Calcutta medical institutions reports 1892-1900
Year: 1892
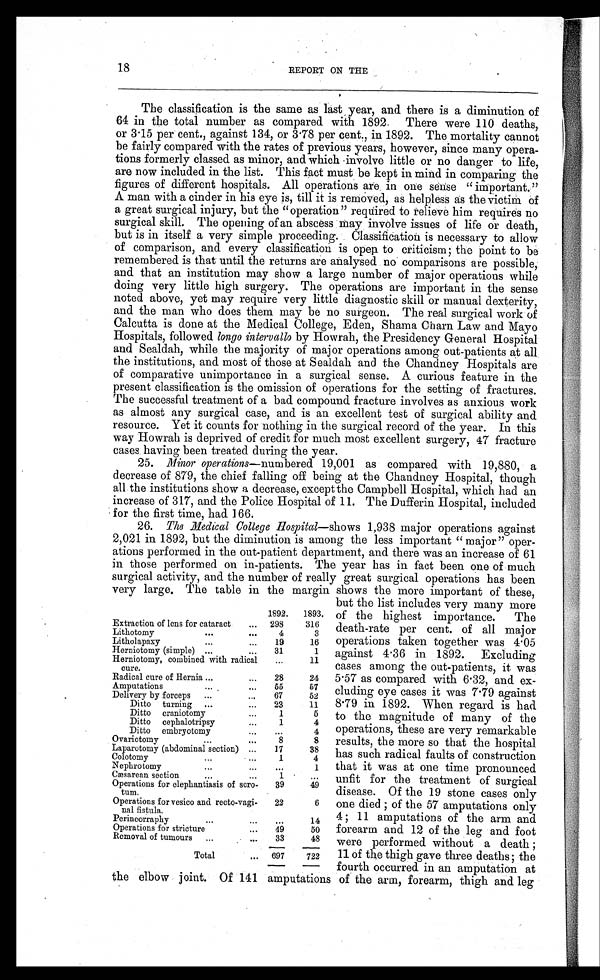
18
REPORT ON THE
The classification is the same as last, year, and there is a diminution of
64 in the total number as compared with 1892. There were 110 deaths,
or 3 . 15 per cent., against 134, or 3 . 78 per cent., in 1892. The mortality cannot
be fairly compared with the rates of previous years, however, since many opera-
tions formerly classed as minor, and which involve little or no danger to life,
are now included in the list. This fact must be kept in mind in comparing the
figures of different hospitals. All operations are in one sense " important."
A man with a cinder in his eye is, till it is removed, as helpless as the victim of
a great surgical injury, but the "operation" required to relieve him requires no
surgical skill. The opening of an abscess may involve issues of life or death,
but is in itself a very simple proceeding. Classification is necessary to allow
of comparison, and every classification is open to criticism; the point to be
remembered is that until the returns are analysed no comparisons are possible,
and that an institution may show a large number of major operations while
doing very little high surgery. The operations are important in the sense
noted above, yet may require very little diagnostic skill or manual dexterity,
and the man who does them may be no surgeon. The real surgical work of
Calcutta is done at the Medical College, Eden, Shama Charn Law and Mayo
Hospitals, followed longo intervallo by Howrah, the Presidency General Hospital
and Sealdah, while the majority of major operations among out-patients at all
the institutions, and most of those at Sealdah and the Chandney Hospitals are
of comparative unimportance in a surgical sense. A curious feature in the
present classification is the omission of operations for the setting of fractures.
The successful treatment of a bad compound fracture involves as anxious work
as almost any surgical case, and is an excellent test of surgical ability and
resource. Yet it counts for nothing in the surgical record of the year. In this
way Howrah is deprived of credit for much most excellent surgery, 47 fracture
cases having been treated during the year.
25. Minor operations —numbered 19,001 as compared with 19,880, a
decrease of 879, the chief falling off being at the Chandney Hospital, though
all the institutions show a decrease, except the Campbell Hospital, which had an
increase of 317, and the Police Hospital of 11. The Dufferin Hospital, included
for the first time, had 166.
26. The Medical College Hospital —shows 1,938 major operations against
2,021 in 1892, but the diminution is among the less important " major" oper-
ations performed in the out-patient department, and there was an increase of 61
in those performed on in-patients. The year has in fact been one of much
surgical activity, and the number of really great surgical operations has been
very large. The table in the margin shows the more important of these,
1892.
1893.
Extraction of lens for cataract
...
298
316
Lithotomy
. . .
...
4
3
Litholapaxy
...
...
19
16
Herniotomy (simple) ...
...
31
1
Herniotomy, combined with radical
cure.
...
11
Radical cure of Hernia ...
...
28
24
Amputations
...
...
55
57
Delivery by forceps
... ...
67
52
Ditto turnin g ...
...
23
11
Ditto craniotomy
...
1
5
Ditto cephalotripsy
...
1
4
Ditto embryotomy
...
...
4
Ovariotomy
...
...
8
8
Laparotomy (abdominal section) ...
17
38
Colotomy
... ...
1
4
Nephrotomy
...
...
...
1
Cæsarean section
...
...
1
...
Operations for elephantiasis of scro-
tum.
39
49
Operations for vesico and recto-vagi-
nal fistula.
22
6
Perineorraphy
...
...
...
14
Operations for stricture
...
49
50
Removal of tumours
. . .
...
33
48
Total
...
697
722
but the list includes very many more
of the highest importance. The
death-rate per cent. of all major
operations taken together was 4.05
against 4 . 36 in 1892. Excluding
cases among the out-patients, it was
5 . 57 as compared with 6 . 32, and ex-
cluding eye cases it was 7 . 79 against
8.79 in 1892. When regard is had
to the magnitude of many of the
operations, these are very remarkable
results, the more so that the hospital
has such radical faults of construction
that it was at one time pronounced
unfit for the treatment of surgical
disease. Of the 19 stone cases only
one died ; of the 57 amputations only
4 ; 11 amputations of the arm and
forearm and 12 of the leg and foot
were performed without a death
;
11 of the thigh gave three deaths ; the
fourth occurred in an amputation at
the elbow joint. Of 141 amputations of the arm, forearm, thigh and leg